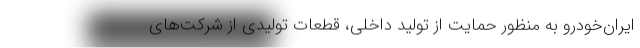
ایران‌خودرو به منظور حمایت از تولید داخلی، قطعات تولیدی از شرکت‌های